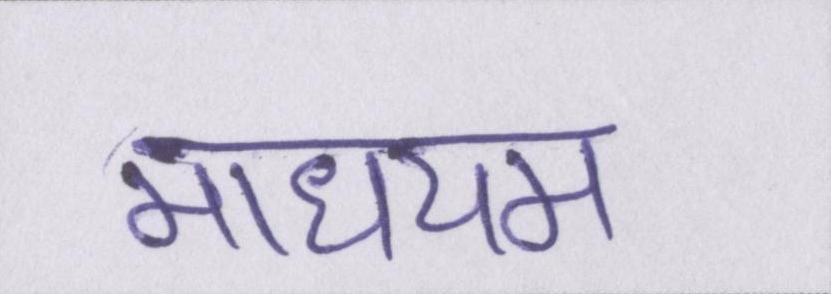
माधयम